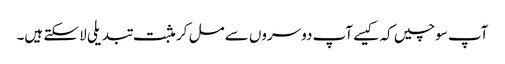
آپ سوچیں کہ کیسے آپ دوسروں سے مل کر مثبت تبدیلی لا سکتے ہیں۔